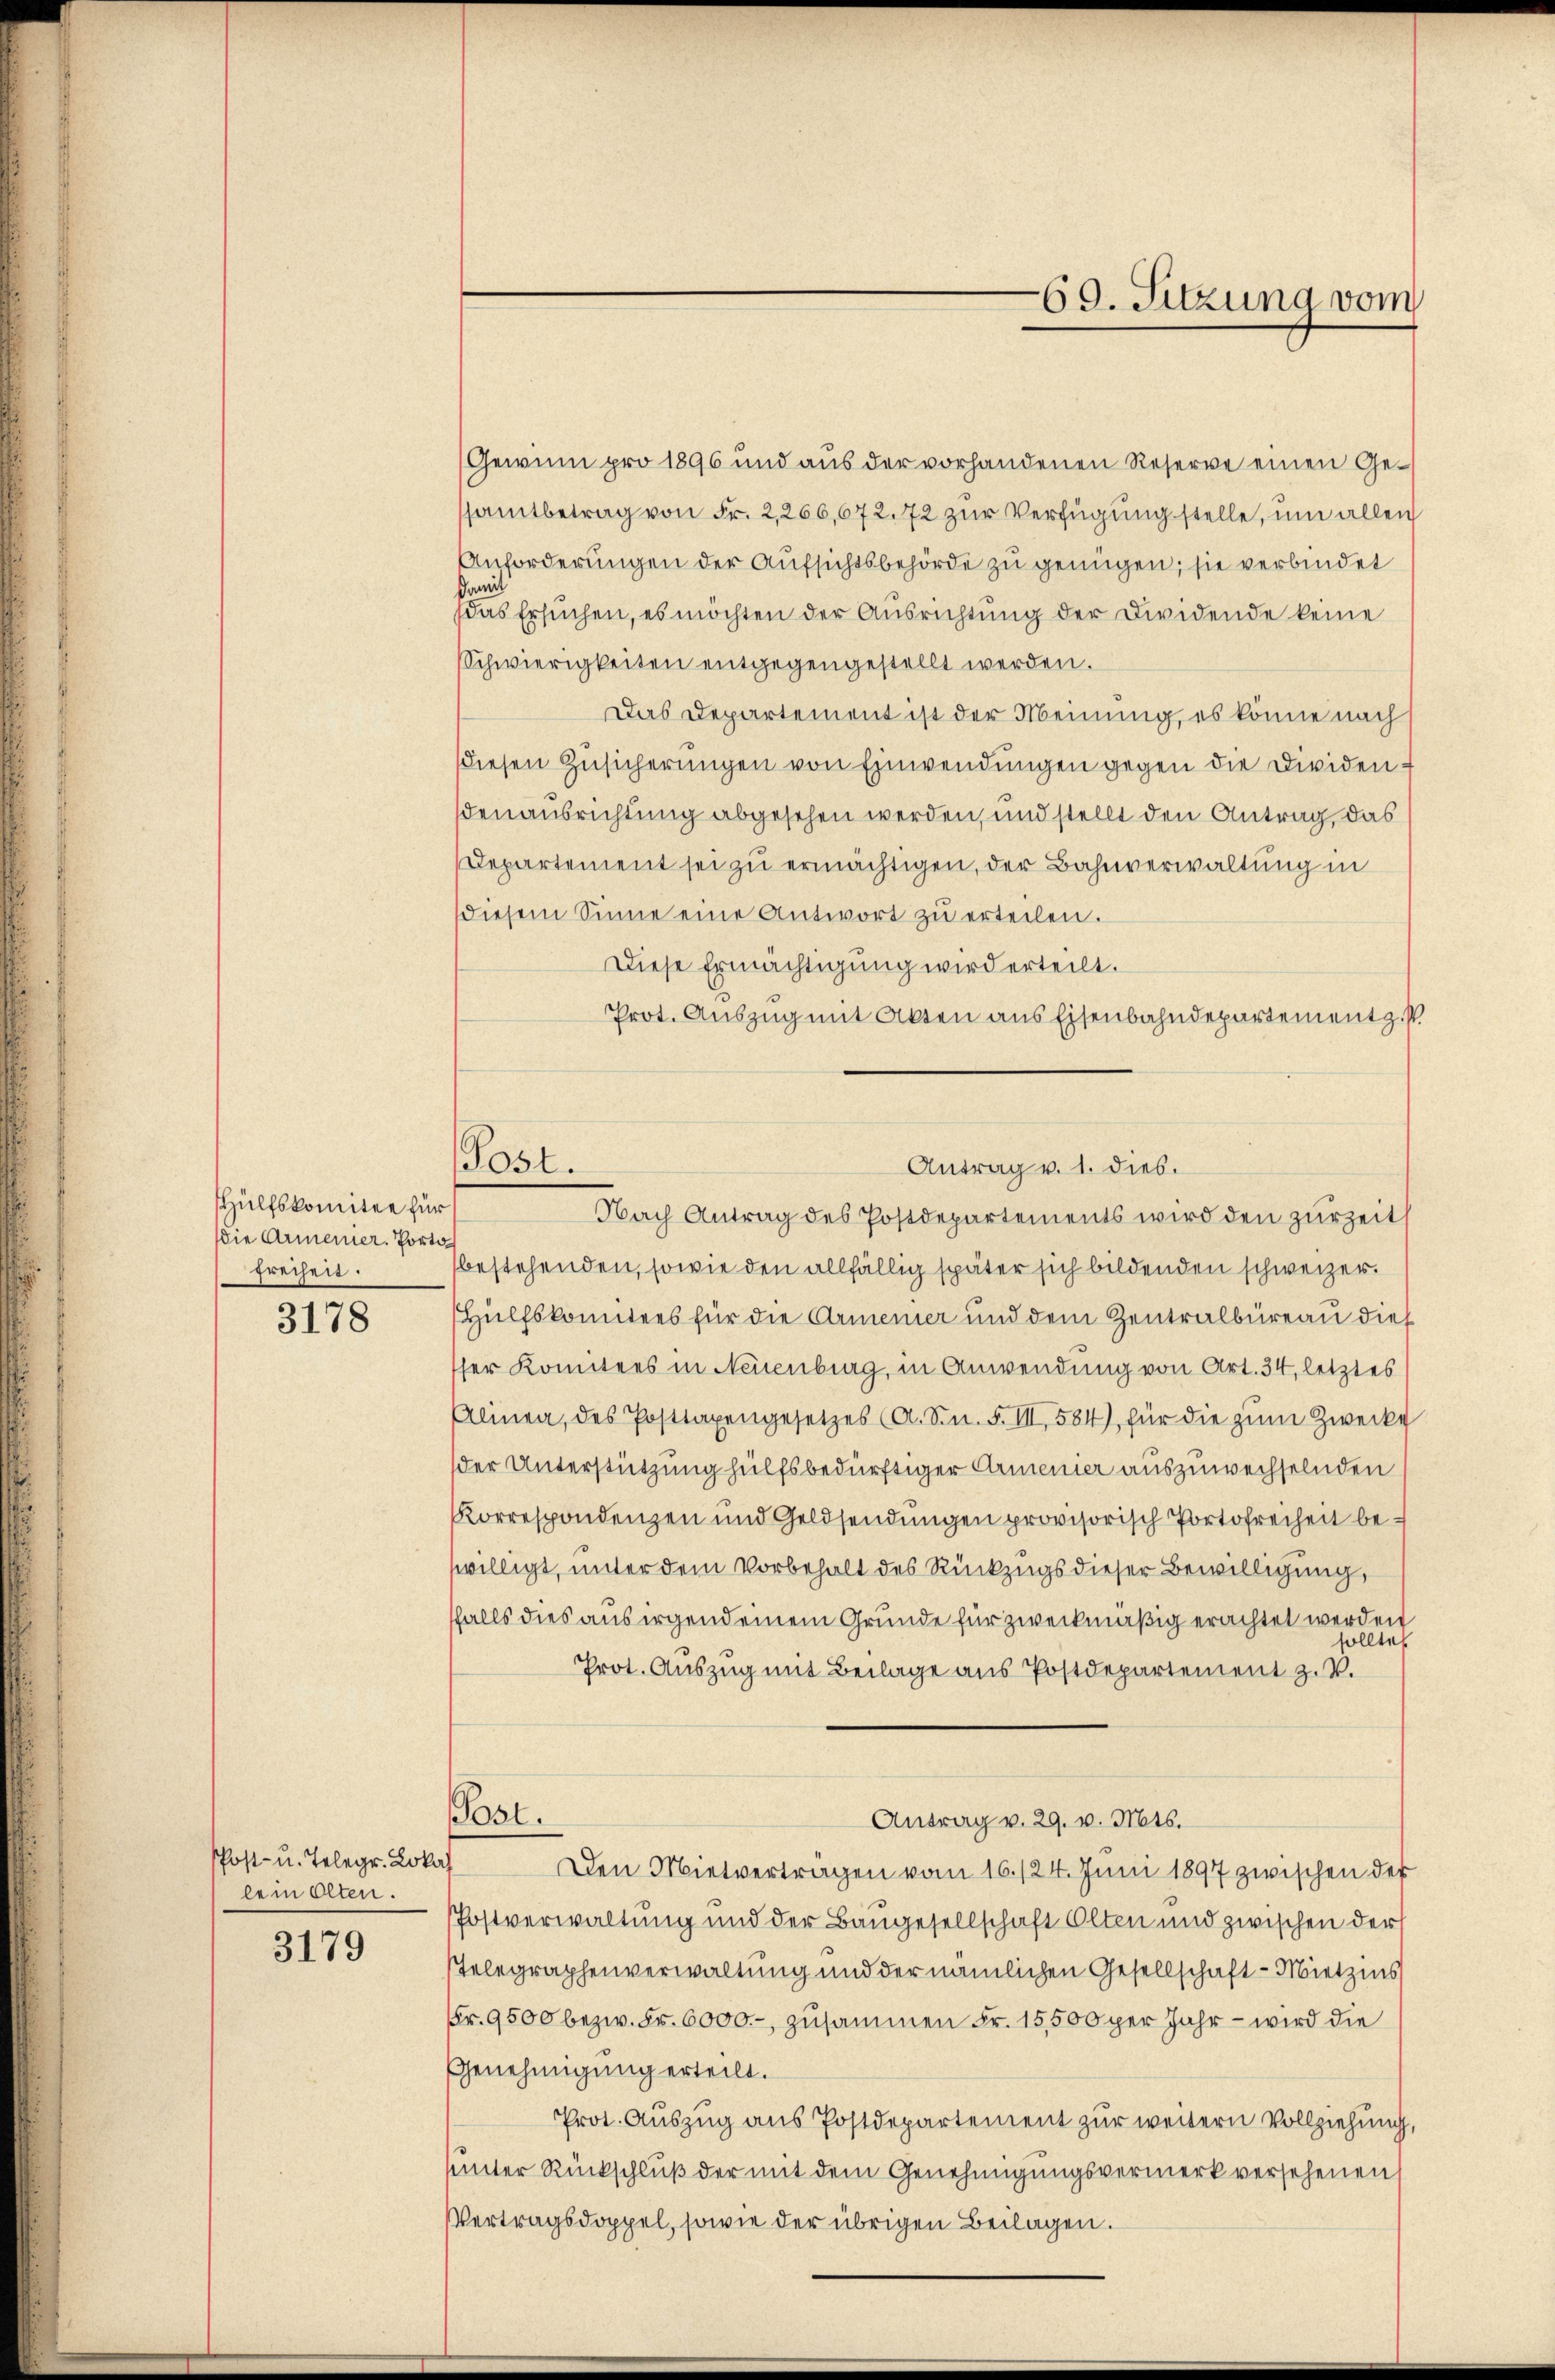
Hülfskomitee für
die Armener. Porto
freiheit.

3178

Post- u. Telegr. Lokal
ee in Olten.

3179

Post.

69. Sitzung vom

Gewinn pro 1896 und aus der vorhandenen Reserve einen Gesamtbetrag von Fr. 2,266,672. 72 zur Verfügung stelle, um allen
Anforderungen der Aufsichtsbehörde zu genügen; sie verbindet
damit
das Ersuchen, es möchten der Ausrichtung der Dividende keine
Schwierigkeiten entgegengestellt werden.
Das Departement ist der Meinung, es könne nach
diesen Zusicherŭngen von Einwendungen gegen die Dividendenausrichtung abgesehen werden, und stellt den Antrag, das
Departement sei zu ermächtigen, der Bahnverwaltung in
diesem Sinne eine Antwort zŭ erteilen.
Diese Ermächtigung wird erteilt.
Prot. Auszug mit Akten aus Eisenbahndepartement. P.
bestehenden, sowie den allfällig später sich bildenden schweizer.
Hülfskomitees für die Armenier und dem Zentralbüreau dies
ser Komitees in Neuenburg, in Anwendung von Art. 34, letztes
Alinea, des Posttaxengesetzes (A. Sn. F. III, 584), für die zŭm Zwecke
der Unterstützung hülfsbedürftiger Armenier auszuwechselnden
Korrespondenzen und Geldsendungen provisorisch Portofreiheit bewilligt, unter dem Vorbehalt des Rückzugs dieser Bewilligung,
ffalls dies aus irgend einem Grunde für zweckmäßig erachtet werden
ollte
Prot. Auszug mit Beilage aus Postdepartement z. V.
Post.
Antrag v. 29. v. Mts.
Den Mietvertragen vom 16./24. Juni 1897 zwischen der
Postverwaltung und der Baugesellschaft Olten und zwischen der
sTelegraphenverwaltung und der nämlichen Gesellschaft - Mietzins
Fr. 9500 bezw. Fr. 6000.-, zusammen Fr. 15,500 per Jahr – wird die
Genehmigung erteilt.
Prot. Auszug aus Postdepartement zur weitern Vollziehung,
sinter Rückschluß der mit dem Genehmigungsvermerk versehenen
Vertragsdoppel, sowie der übrigen Beilagen.

Antrag v. 1. dies.
Nach Antrag des Postdepartements wird den zurzeit